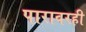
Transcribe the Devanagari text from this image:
पारावरही